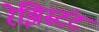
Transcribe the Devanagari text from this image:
रेझिस्टंट